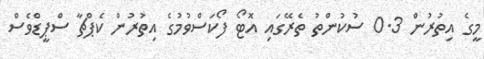
މީގެ އިތުރުން 0.3 ސުކުންތު ތެރޭގައި އޮޓޯ ފޯކަސްވުމުގެ އިތުރުން ކެޕްޗާ ސްޕީޑްވެސް